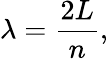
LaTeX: \lambda={\frac{2L}{n}},